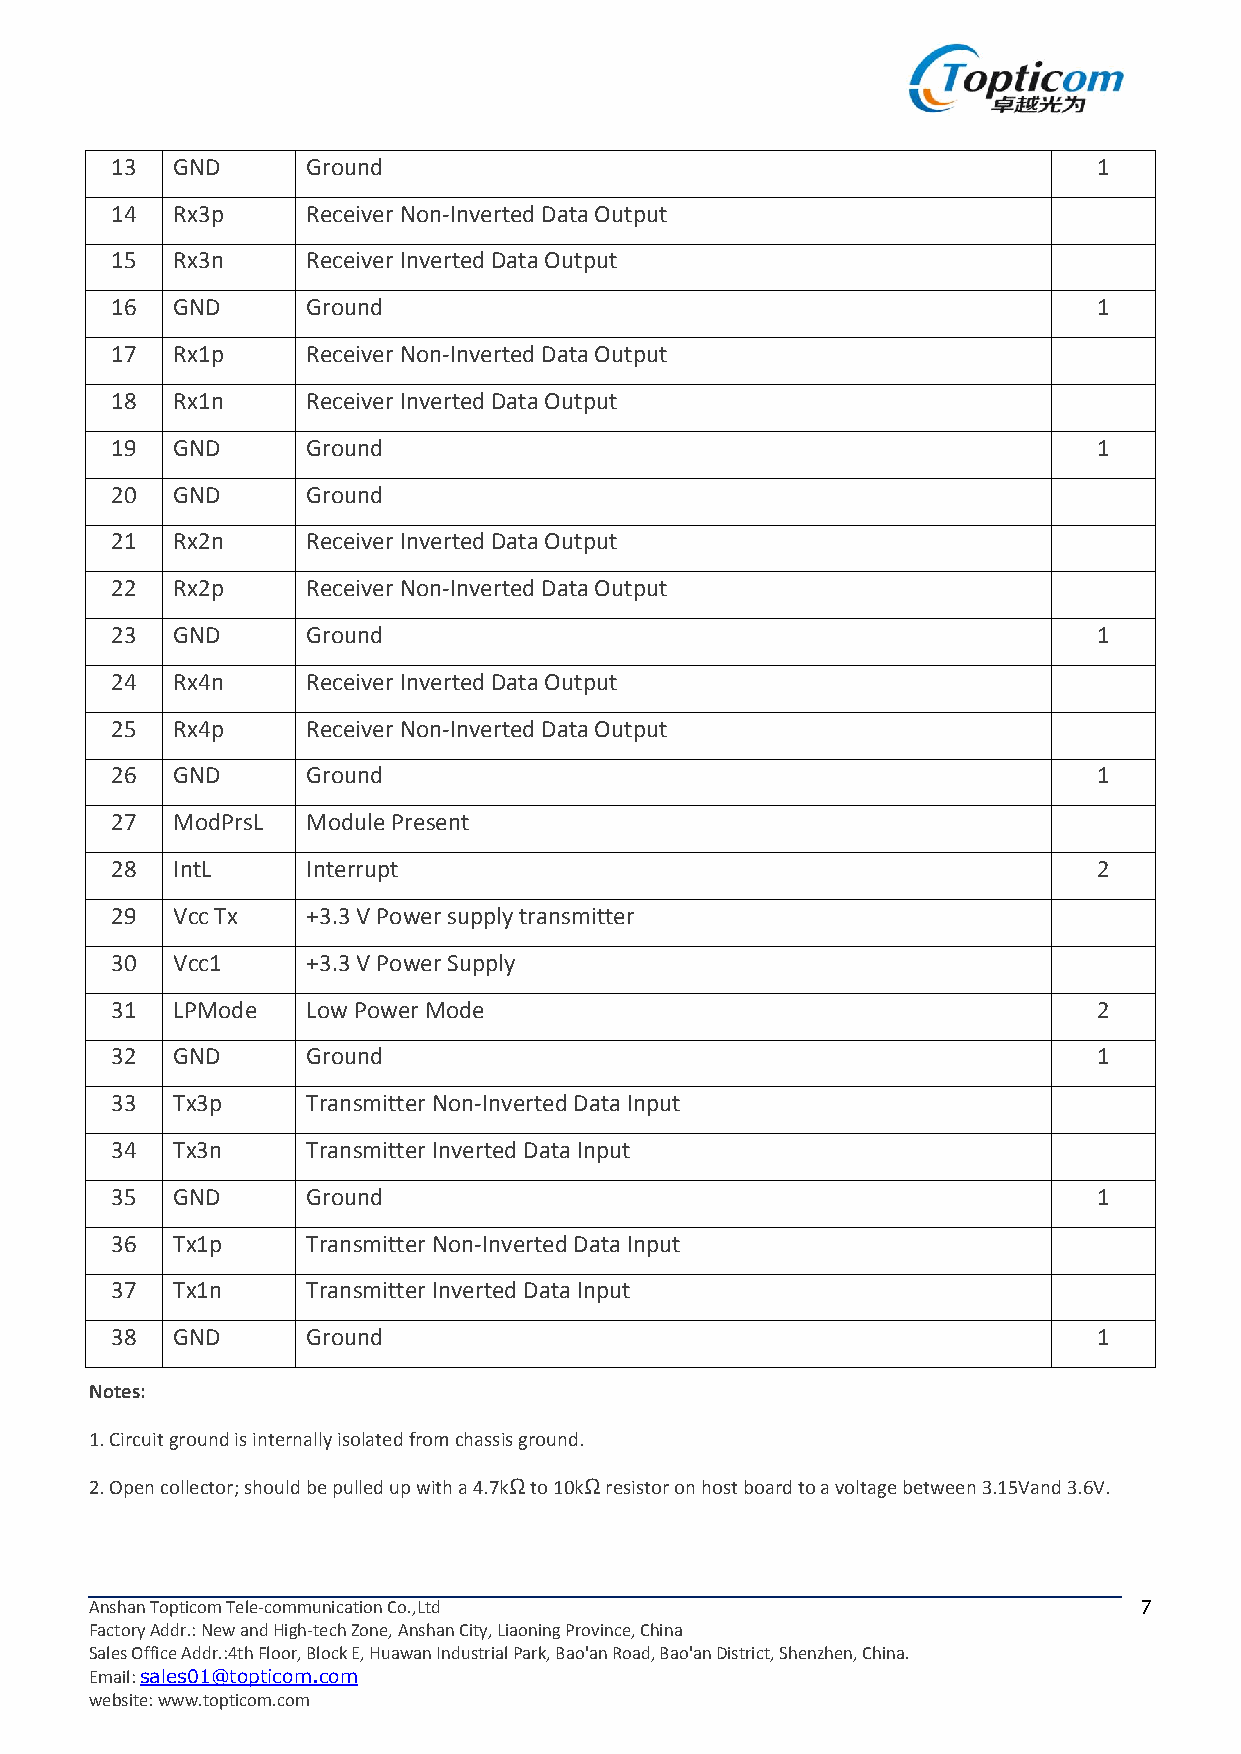
13  GND      Ground                                               1
 14  Rx3p     ReceiverNon-InvertedDataOutput
 15  Rx3n     ReceiverInvertedDataOutput
 16  GND      Ground                                               1
 17  Rx1p     ReceiverNon-InvertedDataOutput
 18  Rx1n     ReceiverInvertedDataOutput
 19  GND      Ground                                               1
 20  GND      Ground
 21  Rx2n     ReceiverInvertedDataOutput
 22  Rx2p     ReceiverNon-InvertedDataOutput
 23  GND      Ground                                               1
 24  Rx4n     ReceiverInvertedDataOutput
 25  Rx4p     ReceiverNon-InvertedDataOutput
 26  GND      Ground                                               1
 27  ModPrsL  ModulePresent
 28  IntL     Interrupt                                            2
 29  VccTx    +3.3VPowersupplytransmitter
 30  Vcc1     +3.3VPowerSupply
 31  LPMode   LowPowerMode                                         2
 32  GND      Ground                                               1
 33  Tx3p     TransmitterNon-InvertedDataInput
 34  Tx3n     TransmitterInvertedDataInput
 35  GND      Ground                                               1
 36  Tx1p     TransmitterNon-InvertedDataInput
 37  Tx1n     TransmitterInvertedDataInput
 38  GND      Ground                                               1
 Notes:
 1.Circuitgroundisinternallyisolatedfromchassisground.
 2.Opencollector;shouldbepulledupwitha4.7kΩto10kΩresistoronhostboardtoavoltagebetween3.15Vand3.6V.
 AnshanTopticomTele-communicationCo.,Ltd                               7
 FactoryAddr.:NewandHigh-techZone,AnshanCity,LiaoningProvince,China
 SalesOfficeAddr.:4thFloor,BlockE,HuawanIndustrialPark,Bao'anRoad,Bao'anDistrict,Shenzhen,China.
 Email:sales01@topticom.com
 website:www.topticom.com